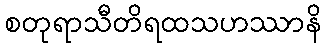
စတုရာသီတိရထသဟဿာနိ